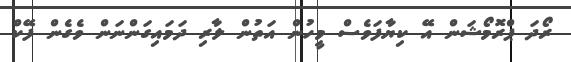
ރޯދަ ޕްރޮމޯޝަން އޭ ކިޔާފަވެސް މީހުން އަތުން ލާރި ދަމައިގަންނަން ވެގެން ފޭކް